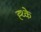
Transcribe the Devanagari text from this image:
ह्थ्के